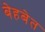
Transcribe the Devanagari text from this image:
बेहबेत